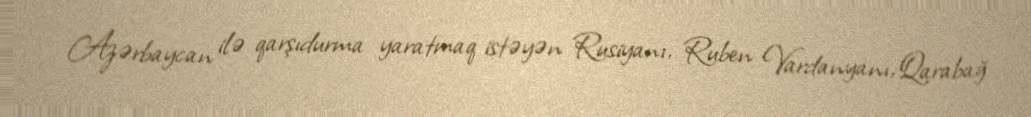
Azərbaycan ilə qarşıdurma yaratmaq istəyən Rusiyanı, Ruben Vardanyanı, Qarabağ